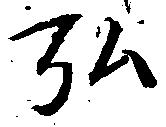
弘